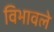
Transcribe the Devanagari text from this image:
विभावले